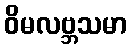
ဝိမလဗ္ဘသမာ